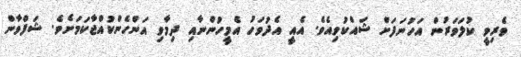
ވެރިވީ ކުލަވަރުން އަހުނަފަށް ޝައްކުވިއެވެ. އެއީ އެދުވަހު އެމީހުންނާއި ދިމާވި އަންހެންކުއްޖާކަމަށެވެ. ޝަފްވާން